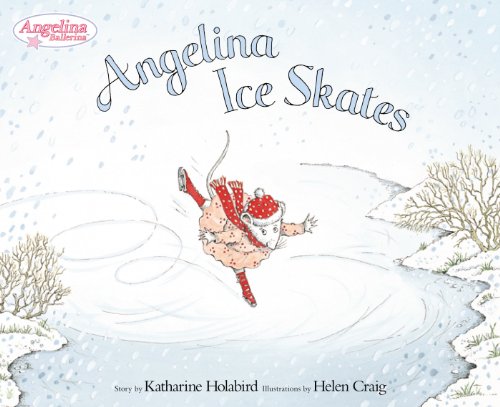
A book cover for Angelina Ice Skates (Angelina Ballerina); Katharine Holabird; Children's Books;